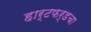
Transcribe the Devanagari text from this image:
हार्टफर्डचा